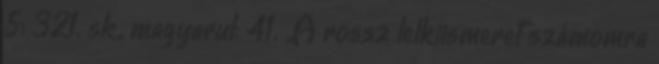
5: 321. sk., magyarul: 41. „A rossz lelkiismeret számomra